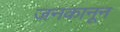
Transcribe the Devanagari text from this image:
जनकानून